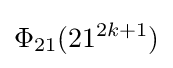
\Phi _{21}(21^{2k+1})